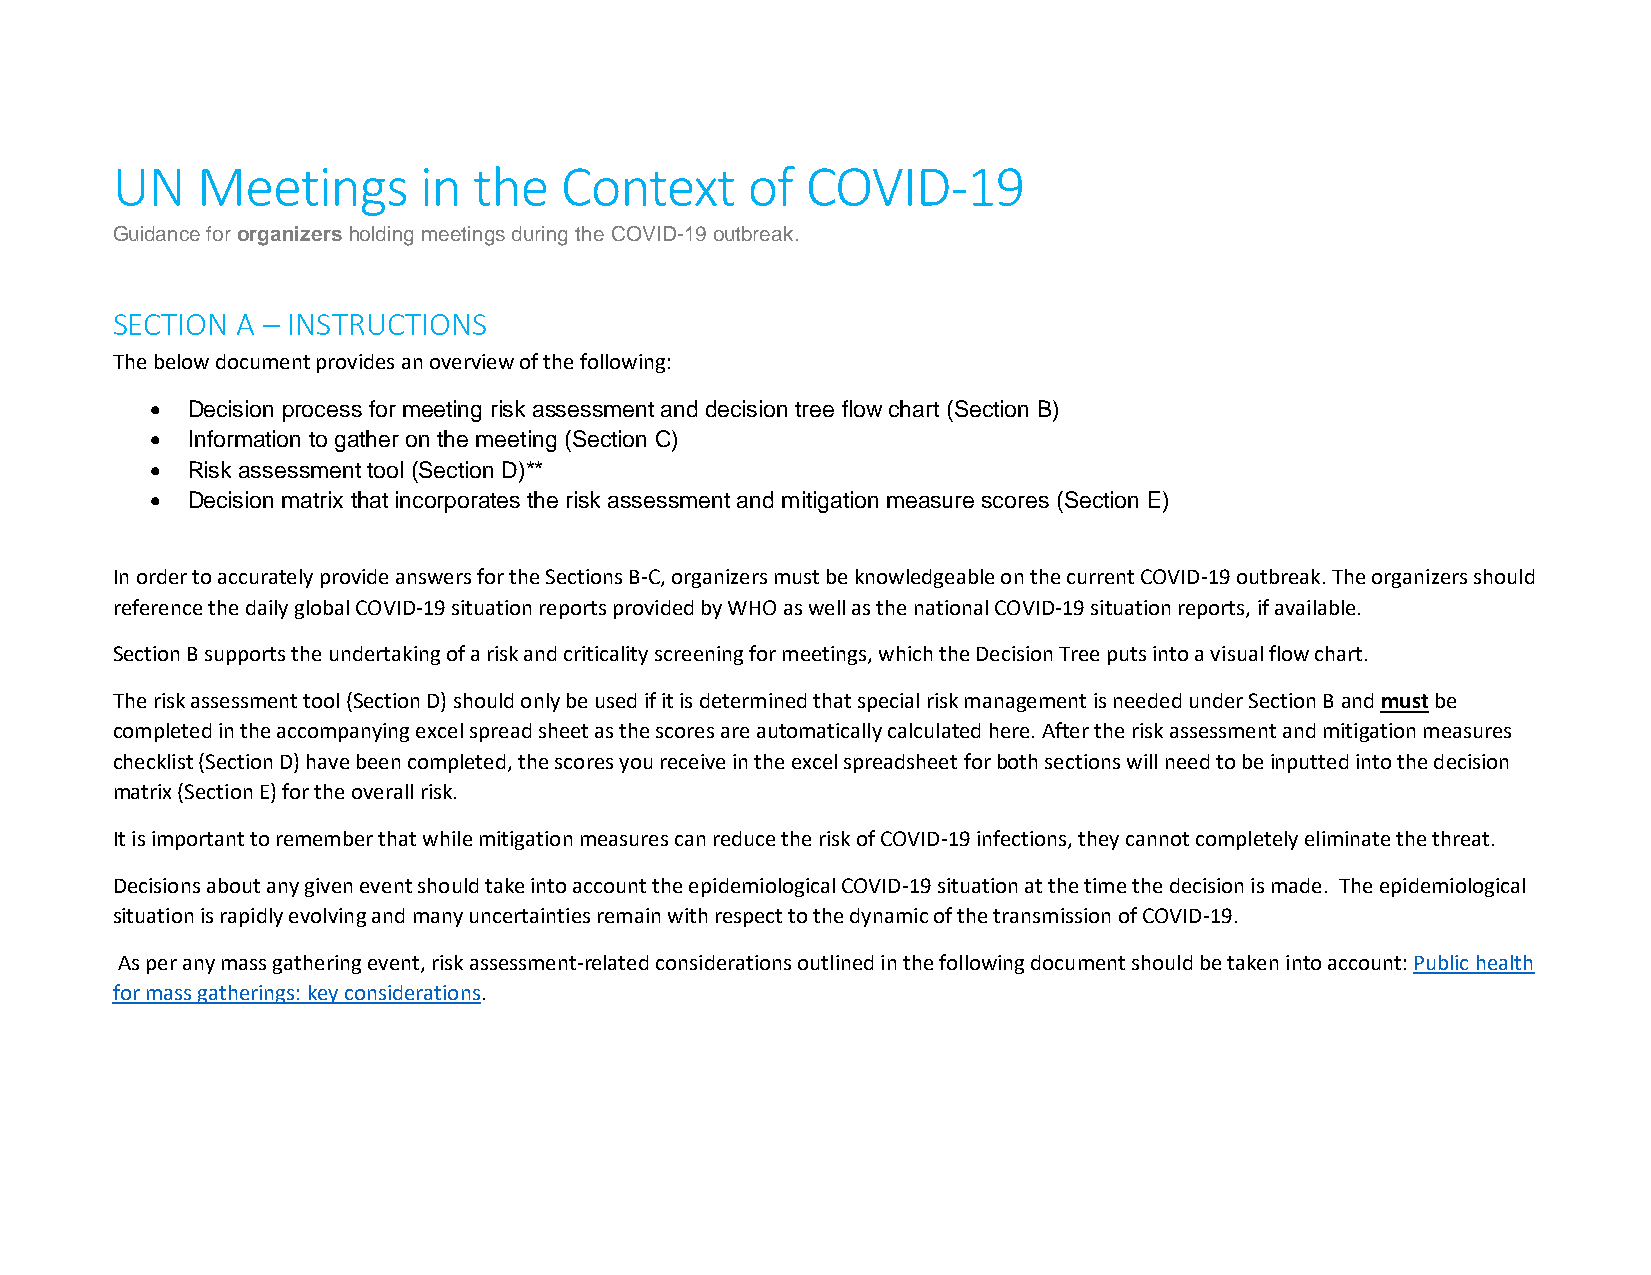
UN    Meetings       in the   Context     of  COVID-19
 Guidance for organizers holding meetings during the COVID-19 outbreak.
 SECTION  A – INSTRUCTIONS
 The below document provides an overview of the following:
 • Decision process for meeting risk assessment and decision tree flow chart (Section B)
 • Information to gather on the meeting (Section C)
 • Risk assessment tool (Section D)**
 • Decision matrix that incorporates the risk assessment and mitigation measure scores (Section E)
 In order to accurately provide answers for the Sections B-C, organizers must be knowledgeable on the current COVID-19 outbreak. The organizers should
 reference the daily global COVID-19 situation reports provided by WHO as well as the national COVID-19 situation reports, if available.
 Section B supports the undertaking of a risk and criticality screening for meetings, which the Decision Tree puts into a visual flow chart.
 The risk assessment tool (Section D) should only be used if it is determined that special risk management is needed under Section B and must be
 completed in the accompanying excel spread sheet as the scores are automatically calculated here. After the risk assessment and mitigation measures
 checklist (Section D) have been completed, the scores you receive in the excel spreadsheet for both sections will need to be inputted into the decision
 matrix (Section E) for the overall risk.
 It is important to remember that while mitigation measures can reduce the risk of COVID-19 infections, they cannot completely eliminate the threat.
 Decisions about any given event should take into account the epidemiological COVID-19 situation at the time the decision is made. The epidemiological
 situation is rapidly evolving and many uncertainties remain with respect to the dynamic of the transmission of COVID-19.
 As per any mass gathering event, risk assessment-related considerations outlined in the following document should be taken into account: Public health
 for mass gatherings: key considerations.